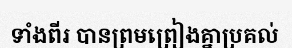
ទាំងពីរ បានព្រមព្រៀងគ្នាប្រគល់